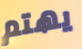
يهتم